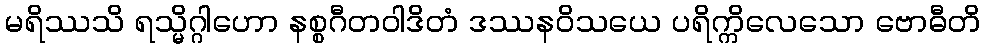
မရိဿသိ ရသ္မိဂ္ဂါဟော နစ္စဂီတဝါဒိတံ ဒဿနဝိသယေ ပရိက္ကိလေသော ဗောဓီတိ